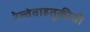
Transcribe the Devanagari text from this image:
रेल्वेवाहतूकीची